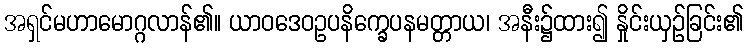
အရှင်မဟာမောဂ္ဂလာန်၏။ ယာဝဒေဝဥပနိက္ခေပနမတ္တာယ၊ အနီး၌ထား၍ နှိုင်းယှဉ်ခြင်း၏